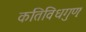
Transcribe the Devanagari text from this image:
कतिविधगुणः